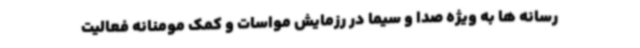
رسانه ها به ویژه صدا و سیما در رزمایش مواسات و کمک مومنانه فعالیت